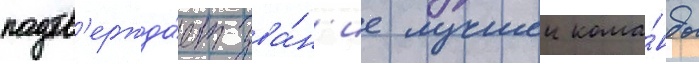
подтв'ержда́ет зва́н'ие лучшеи кома́нды